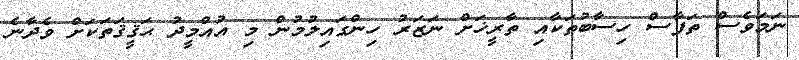
ނަމަވެސް ތަފާސް ހިސާބުތަކާއި ތާރީޚަށް ނަޒަރު ހިންގައިލުމުން މި އުއްމީދު ޙަޤީޤަތަކަށް ވެދާނެ